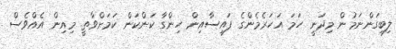
ލިބިގަންނަމުން މިދަނީ ހަމަ އަހަރެމެންގެ ފައިސާއިން ހިންގާ ކަންކަން ކަމަށްވާތީ. މިއިން އެއްވެސް